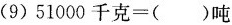
(9) $$51000千克=( )吨$$